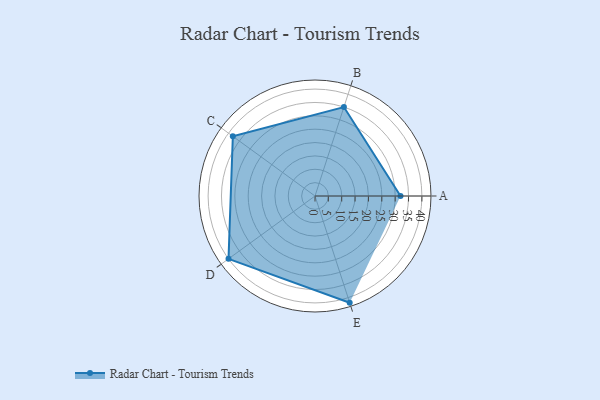
{"axis": {"x": "Skill", "y": "Score"}, "legend": ["Profile"], "data": [{"x": "A", "y": 32.0, "type": "Profile"}, {"x": "B", "y": 35.0, "type": "Profile"}, {"x": "C", "y": 38.0, "type": "Profile"}, {"x": "D", "y": 40.0, "type": "Profile"}, {"x": "E", "y": 42.0, "type": "Profile"}]}